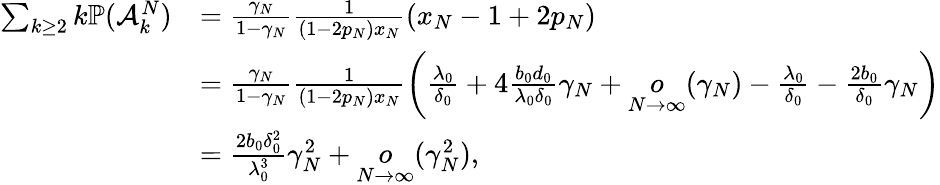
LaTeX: \begin{array}{rl}{\sum_{k\geq 2}k\mathbb{P}(\mathcal{A}_{k}^{N})}&{=\frac{\gamma_{N}}{1-\gamma_{N}}\frac{1}{(1-2p_{N})x_{N}}\left(x_{N}-1+2p_{N}\right)}\\ &{=\frac{\gamma_{N}}{1-\gamma_{N}}\frac{1}{(1-2p_{N})x_{N}}\left(\frac{\lambda_{0}}{\delta_{0}}+4\frac{b_{0}d_{0}}{\lambda_{0}\delta_{0}}\gamma_{N}+\underset{N\to\infty}{o}(\gamma_{N})-\frac{\lambda_{0}}{\delta_{0}}-\frac{2b_{0}}{\delta_{0}}\gamma_{N}\right)}\\ &{=\frac{2b_{0}\delta_{0}^{2}}{\lambda_{0}^{3}}\gamma_{N}^{2}+\underset{N\to\infty}{o}(\gamma_{N}^{2}),}\end{array}